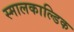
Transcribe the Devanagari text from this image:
स्मालकाल्डिक